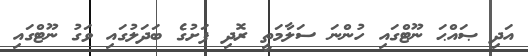
އަދި ޞައްޙަ ނޫޓްގައި ހުންނަ ސަލާމަތީ ރޮދި ފަށުގެ ބަދަލުގައި ވަގު ނޫޓްގައި